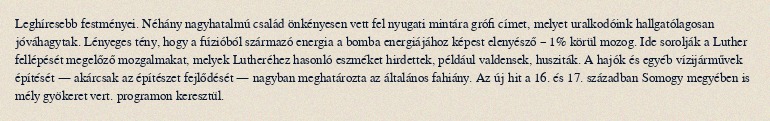
Leghíresebb festményei. Néhány nagyhatalmú család önkényesen vett fel nyugati mintára grófi címet, melyet uralkodóink hallgatólagosan jóváhagytak. Lényeges tény, hogy a fúzióból származó energia a bomba energiájához képest elenyésző – 1% körül mozog. Ide sorolják a Luther fellépését megelőző mozgalmakat, melyek Lutheréhez hasonló eszméket hirdettek, például valdensek, husziták. A hajók és egyéb vízijárművek építését — akárcsak az építészet fejlődését — nagyban meghatározta az általános fahiány. Az új hit a 16. és 17. században Somogy megyében is mély gyökeret vert. programon keresztül.